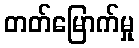
တတ်မြောက်မှု